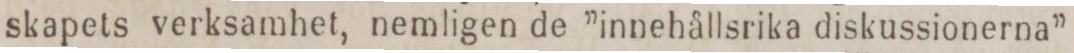
skapets verksamhet, nemligen de ”innehållsrika diskussionerna”